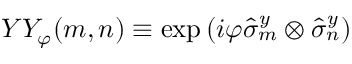
Y Y _ { \varphi } ( m , n ) \equiv \exp \left( i \varphi \hat { \sigma } _ { m } ^ { y } \otimes \hat { \sigma } _ { n } ^ { y } \right)